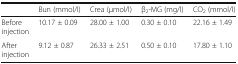
|  | Bun (mmol/l) | Crea (μmol/l) | β2-MG (mg/l) | CO2 (mmol/l) |
 | --- | --- | --- | --- | --- |
 | Before injection | 10.17 ± 0.09 | 28.00 ± 1.00 | 0.30 ± 0.10 | 22.16 ± 1.49 |
 | After injection | 9.12 ± 0.87 | 26.33 ± 2.51 | 0.50 ± 0.10 | 17.80 ± 1.10 |